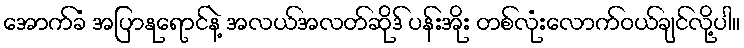
အောက်ခံ အပြာနုရောင်နဲ့ အလယ်အလတ်ဆိုဒ် ပန်းအိုး တစ်လုံးလောက်ဝယ်ချင်လို့ပါ။